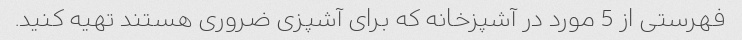
فهرستی از 5 مورد در آشپزخانه که برای آشپزی ضروری هستند تهیه کنید.